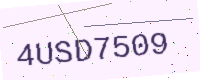
Text: 4USD7509